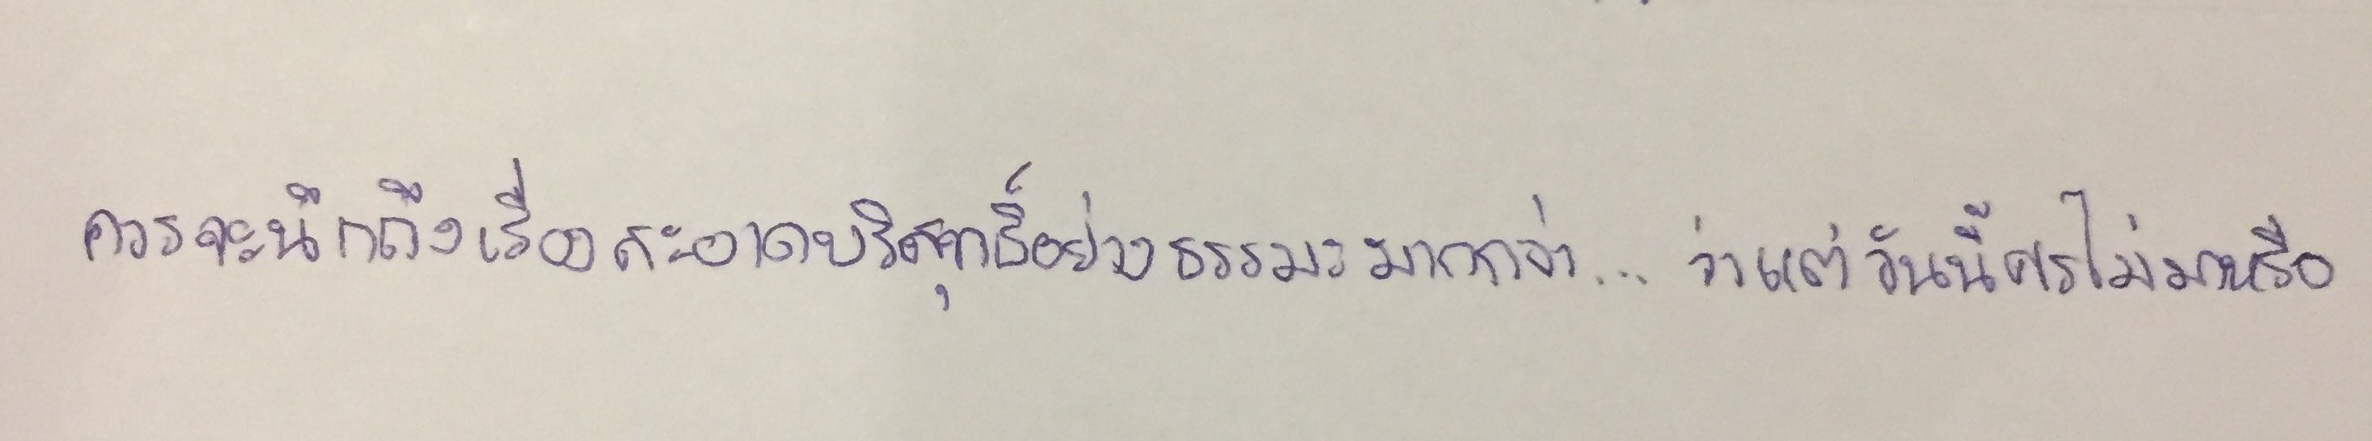
ควรจะนึกถึงเรื่องสะอาดบริสุทธิ์อย่างธรรมะมากกว่า...ว่าแต่วันนี้ศรไม่มาหรือ